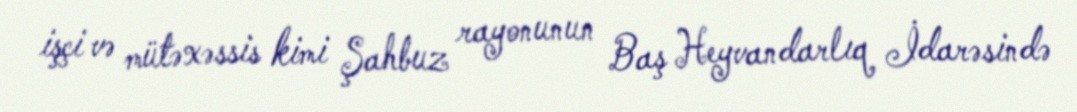
işçi və mütəxəssis kimi Şahbuz rayonunun Baş Heyvandarlıq İdarəsində